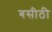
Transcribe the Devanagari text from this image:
बसीठी